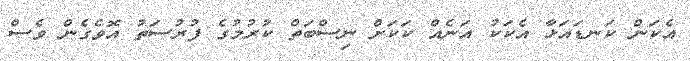
އެކަން ކަނޑައަޅާ އެކަކު އަނެއް ކަކަށް ނިސްބަތް ކުރުމުގެ ފުރުސަތު އޮވެގެން ވެސް